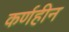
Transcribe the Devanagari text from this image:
कर्णहीन